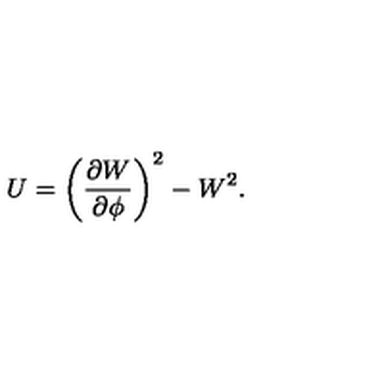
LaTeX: U = \left( \frac { \partial W } { \partial \phi } \right) ^ { 2 } - W ^ { 2 } .